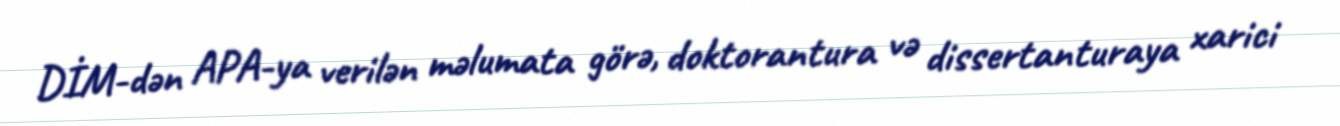
DİM-dən APA-ya verilən məlumata görə, doktorantura və dissertanturaya xarici